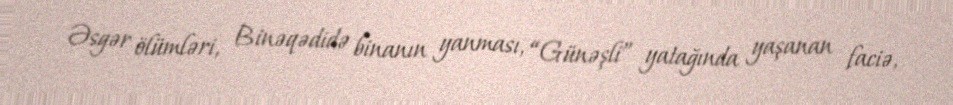
Əsgər ölümləri, Binəqədidə binanın yanması, “Günəşli” yatağında yaşanan faciə,